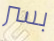
بسر